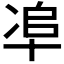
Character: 𠦥